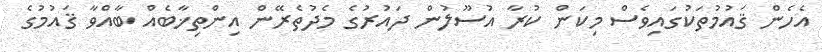
އެހެން ޤައުމުތަކުގައިވެސް މިކަން ކުރާ އުސޫލުން ދައުރުގެ މެދުތެރޭން އިންތިޚާބެއް ބާއްވާ ޤައުމުގެ